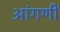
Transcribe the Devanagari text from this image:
आंगणीं